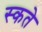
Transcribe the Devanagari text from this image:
स्कते